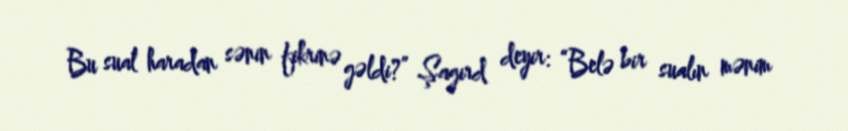
Bu sual haradan sənin fikrinə gəldi?” Şagird deyir: “Belə bir sualın mənim